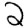
Digit: 2